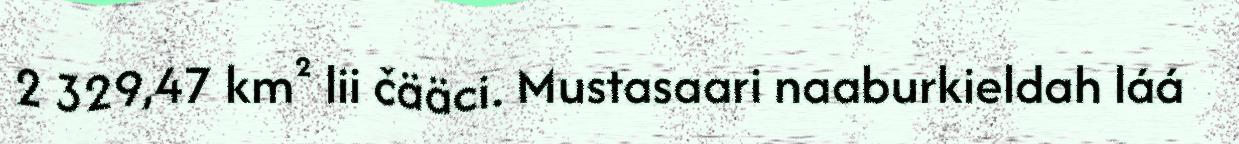
2 329,47 km² lii čääci. Mustasaari naaburkieldah láá